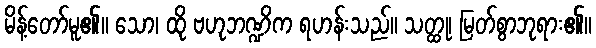
မိန့်တော်မူ၏။ သော၊ ထို ဗဟုဘဏ္ဍိက ရဟန်းသည်။ သတ္ထု၊ မြတ်စွာဘုရား၏။